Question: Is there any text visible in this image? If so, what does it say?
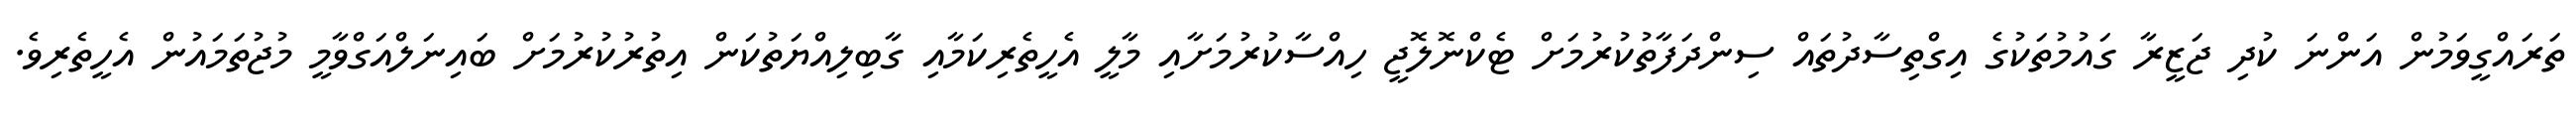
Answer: ތަރައްގީވަމުން އަންނަ ކުދި ޖަޒީރާ ގައުމުތަކުގެ އިގްތިސާދުތައް ސިންދަފާތުކުރުމަށް ޓެކްނޮލޮޖީ ހިއްސާކުރުމަށާއި މާލީ އެހީތެރިކަމާއި ގާބިލިއްޔަތުކަން އިތުރުކުރުމަށް ބައިނަލްއަގްވާމީ މުޖުތަމައުން އެހީތެރިވެ.